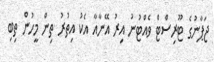
ޖަޕާނުގެ ޓޫރިސްޓް ވެއްޓުނު އިރު އޭނާއާ އެކު އިތުރު ތިން މީހުން ތިބި